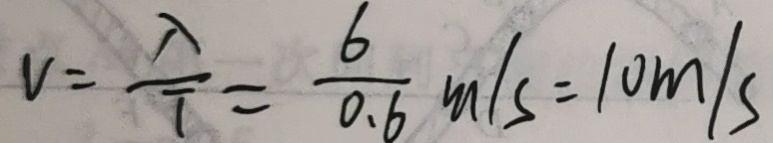
V = \frac { \lambda } { T } = \frac { 6 } { 0 . 6 } m / s = 1 0 m / s